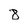
Character: 8